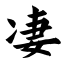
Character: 凄